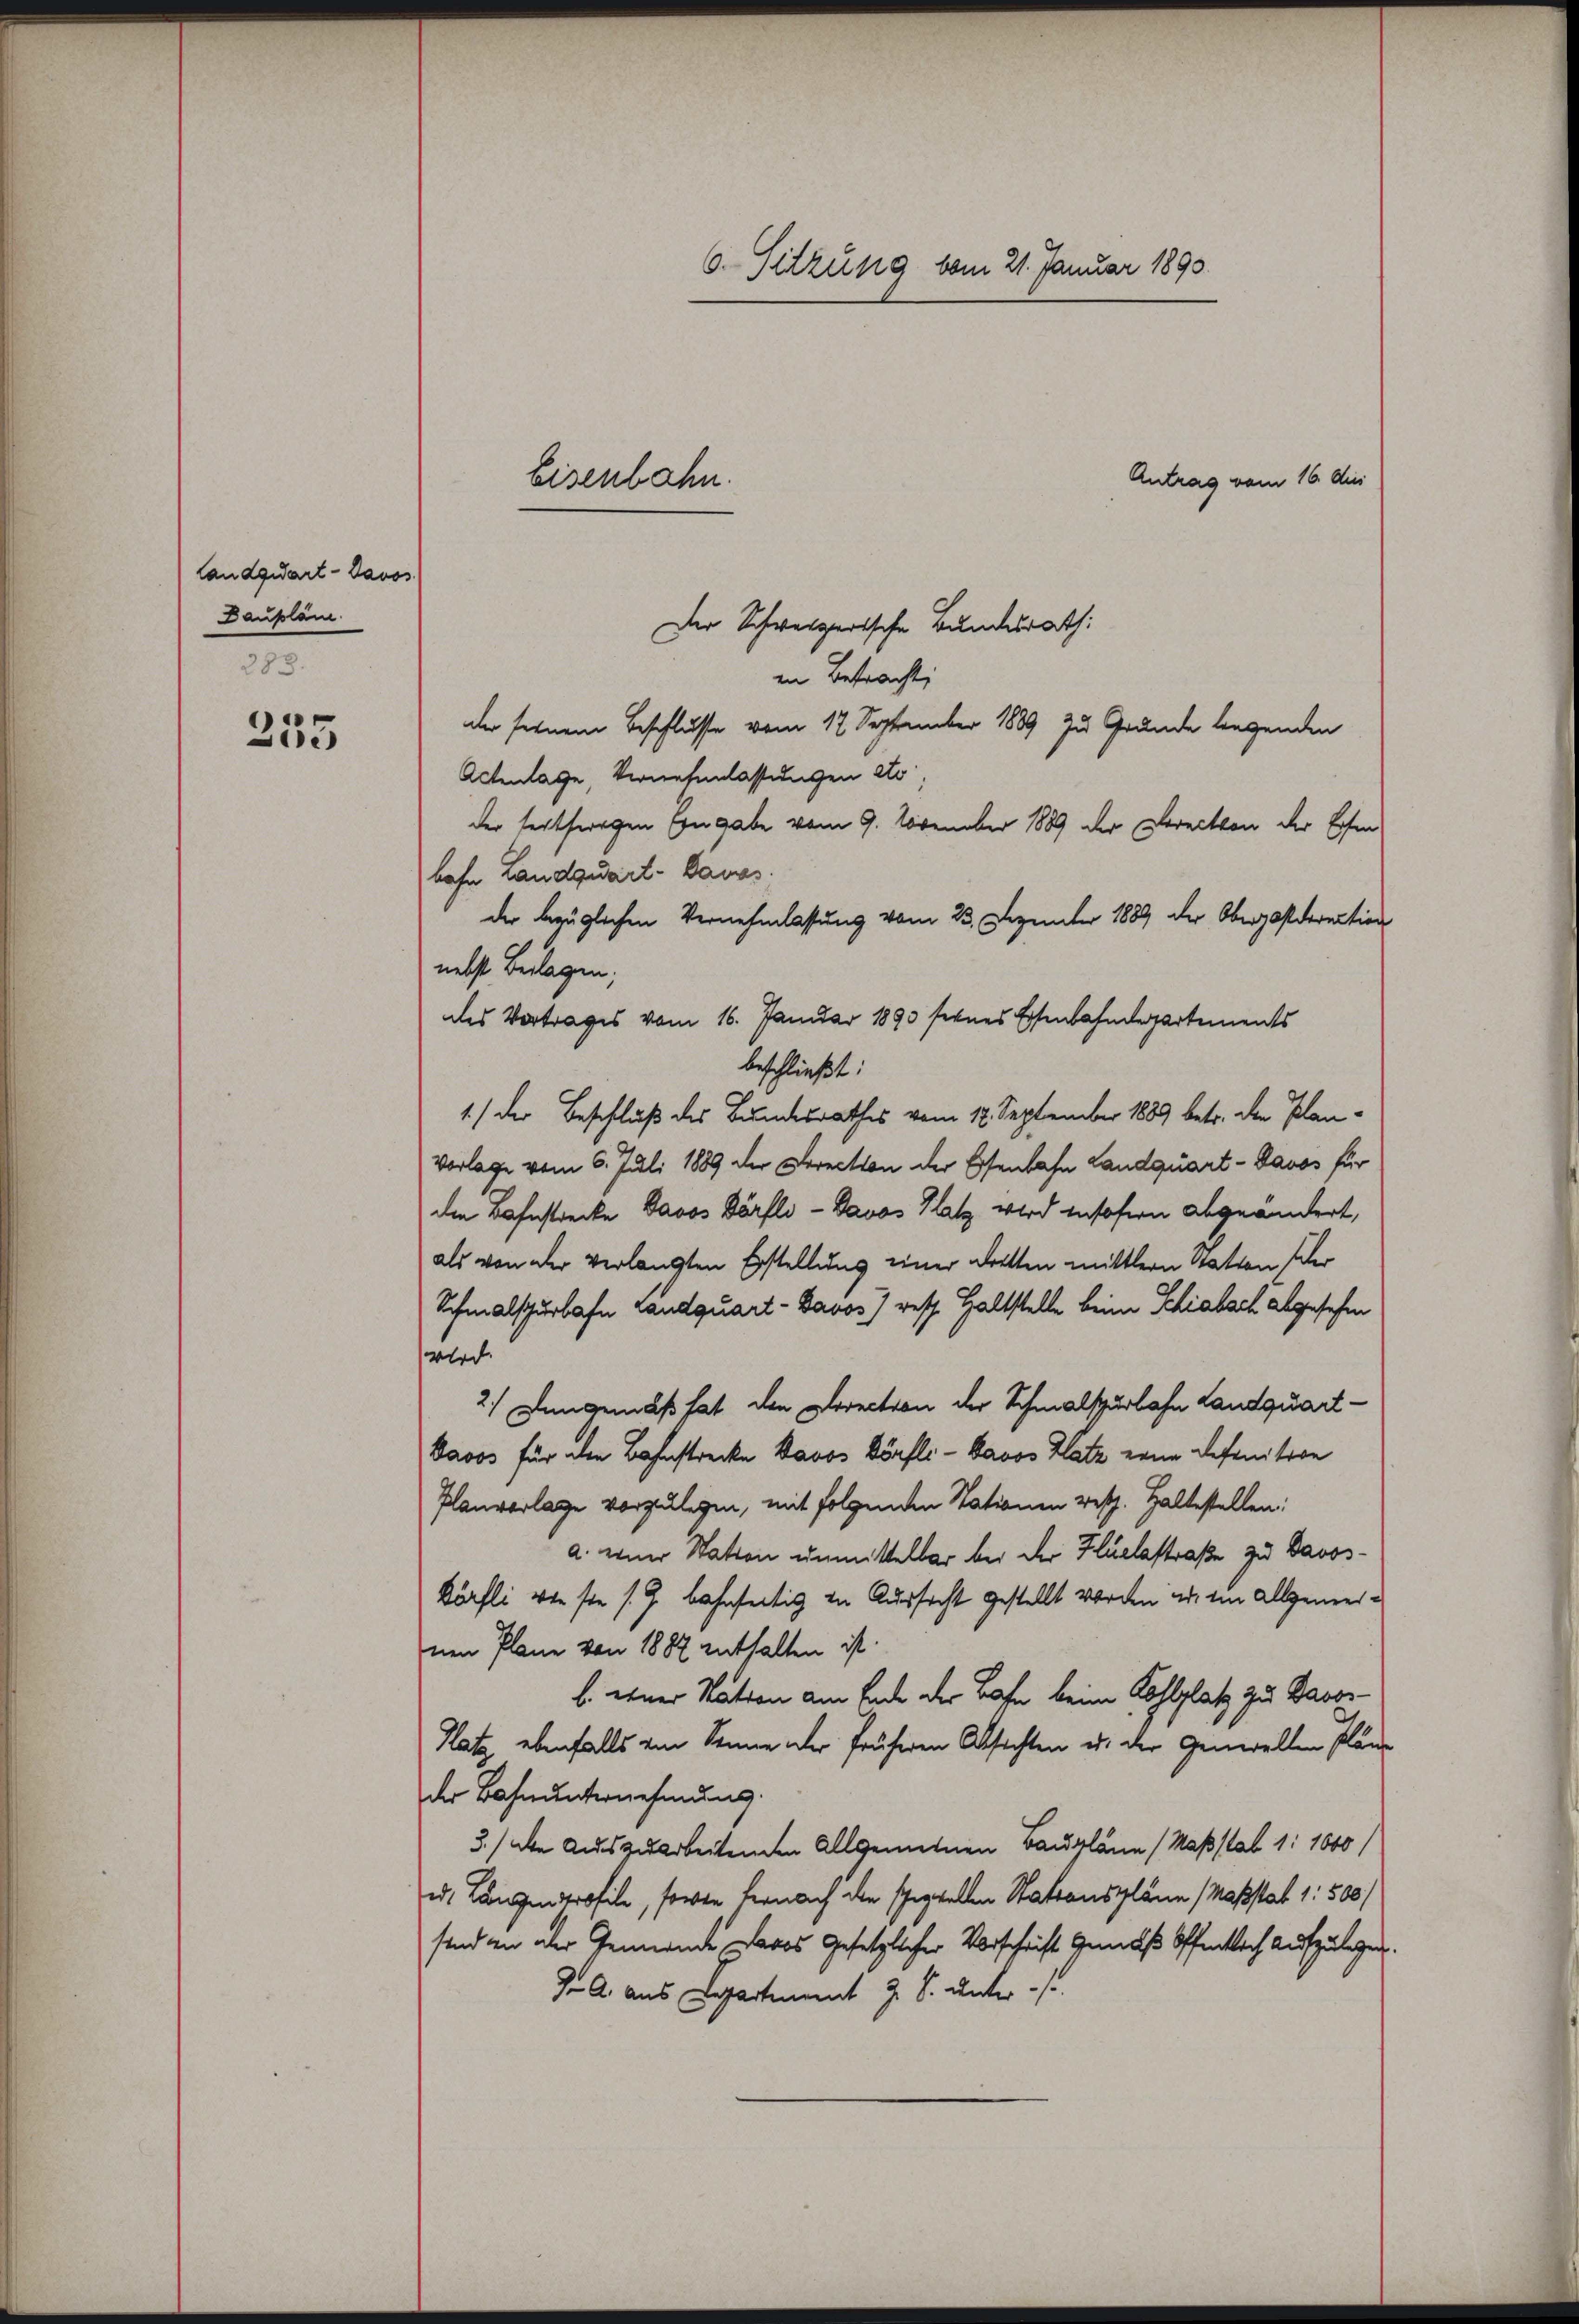
Candquart - Davos.
Daupläne.
383.

235

6. Sitzung vom 21. Januar 1890.

Antrag vom 16. des
Der Schweizerische Bundesrath:
in Betracht
der seinem Beschlusse vom 17. September 1889 zu Grunde legenden
Actenlage, Vernehmlassungen etc.,
der fertswegen Eingabe vom 9. November 1889 der Direction der Ersen
bahn Landquart-Banes.
der bezüglichen Vernehmlassung vom 23. Dezember 1889 der Obergasdirection
nebst Beilagen;
des Vortrages vom 16. Januar 1893 seines Eisenbahndepartements
beschließt:
1.) Der Beschluß des Bundesrathes vom 17. September 1889 betr. den Plan¬
Vorlage vom 6. Juli 1889 der Direction der Esenbahn Landquart - Davos für
die Bahnstrecke Davos Dörfli - Bavas Katz wird insofern abgeändert,
als von der verlangten Erstellung einer Dritten mittlern Station der
Schmalspurbahn Landquart - Bavos) resp. Haltstelle beim Schiabach abgesehen
wird.
2.) Demgemäß hat den Direction der Schmalspurlohn Landquart¬
Davos für die Bahnstrecke Bavos Dörfli - Bavos Hatz eine Definition
Planvorlage vorzulegen, mit folgenden Stationen resp. Haltestellen:
a. einer Station unmittelbar bei der Flüelestraße zu Davos-
Körfli wie ste s. 9 bahnseitig in Aussacht gestellt worden in im allgemeinen Plane von 1882 enthalten ist.
b. einer Nation am Ende der Bahn beim Kohlplatz zu Bavor-
Platz, ebenfalls von Sonne der früheren Absichten u. der Generallen Pläne
der Bahn unternehmung.
3./ der auszuarbeitenden Allgemeinen Baupläne (Maßstab 1:1000
ed. Langenprofile, sowie hernach den speziellen Stationspläne Maßstab 1: 500/
stand an der Gemeinde Davos Gesetzlicher Vorschrift Gemäß Öffentlich aufzulegen.
J. A. aus Departement z. S. unter

Eisenbahn.